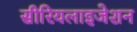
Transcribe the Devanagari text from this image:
सीरियलाइजेशन